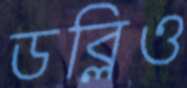
ডব্লিও